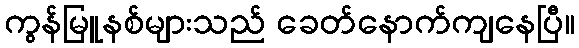
ကွန်မြူနစ်များသည် ခေတ်နောက်ကျနေပြီ။